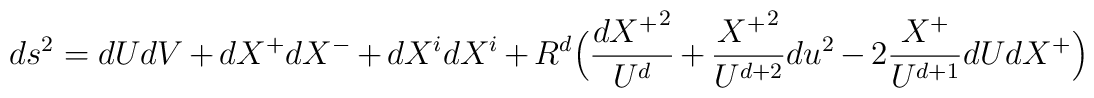
ds^2=dUdV+dX^+dX^- +dX^idX^i+R^d\Big(\frac{{dX^+}^2}{U^d}+\frac{{X^+}^2}{U^{d+2}}du^2-2\frac{X^+}{U^{d+1}}dUdX^+\Big)